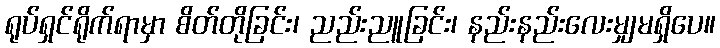
ရုပ်ရှင်ရိုက်ရာမှာ စိတ်တိုခြင်း၊ ညည်းညူခြင်း၊ နည်းနည်းလေးမျှမရှိပေ။